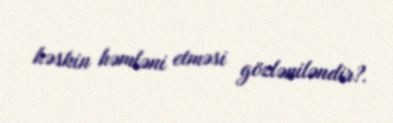
kəskin həmləni etməsi gözləniləndir?.